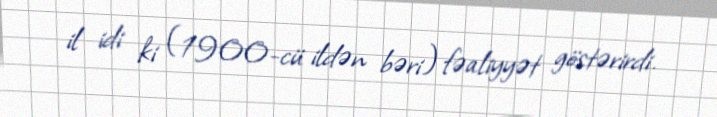
il idi ki (1900-cü ildən bəri) fəaliyyət göstərirdi.